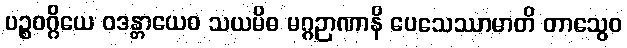
ပဉ္စဝဂ္ဂိယေ ဝဒန္တာယေဝ သယမိဓ မဂ္ဂဉာဏာနိ ပေသေဿာမာတိ တာသွေဝ